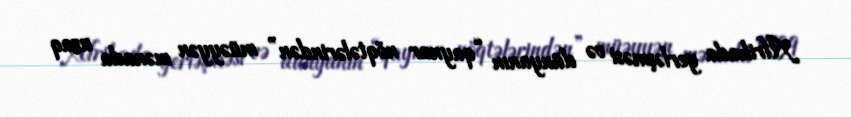
Afrikada yerləşməsi və dünyanın “qaynar nöqtələrindən” müəyyən mənada uzaq